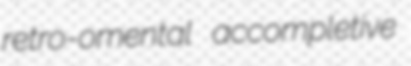
retro-omental accompletive